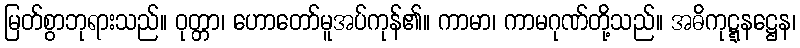
မြတ်စွာဘုရားသည်။ ဝုတ္တာ၊ ဟောတော်မူအပ်ကုန်၏။ ကာမာ၊ ကာမဂုဏ်တို့သည်။ အဓိကုဋ္ဋနဋ္ဌေန၊